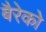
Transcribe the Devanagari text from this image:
बैरेको